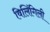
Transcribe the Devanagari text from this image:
विलिंगिली